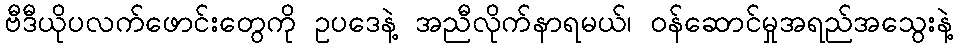
ဗီဒီယိုပလက်ဖောင်းတွေကို ဥပဒေနဲ့ အညီလိုက်နာရမယ်၊ ဝန်ဆောင်မှုအရည်အသွေးနဲ့